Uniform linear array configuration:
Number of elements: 12
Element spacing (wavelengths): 0.25
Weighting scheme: hamming
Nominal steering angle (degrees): -15
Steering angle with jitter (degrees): -16.191
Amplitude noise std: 0.05
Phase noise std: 0.05

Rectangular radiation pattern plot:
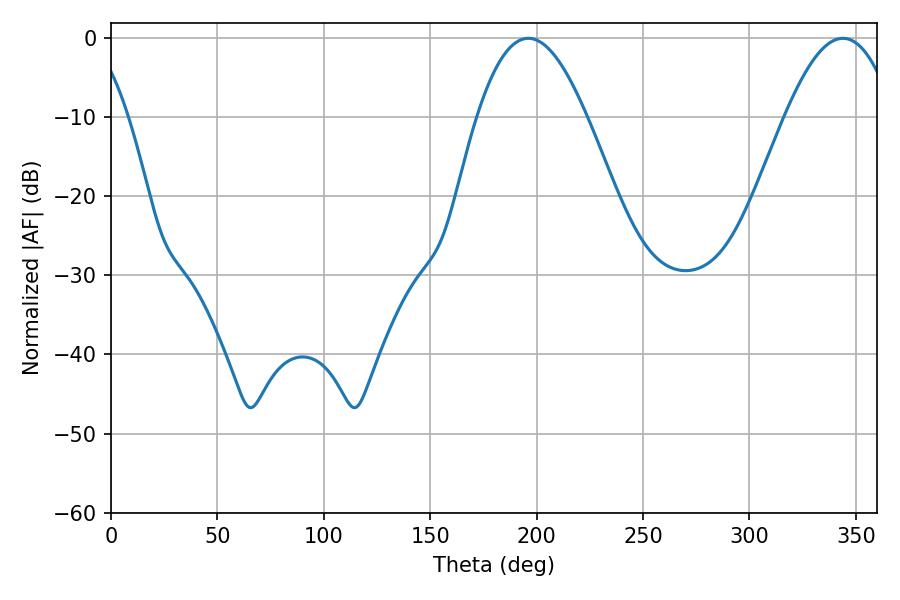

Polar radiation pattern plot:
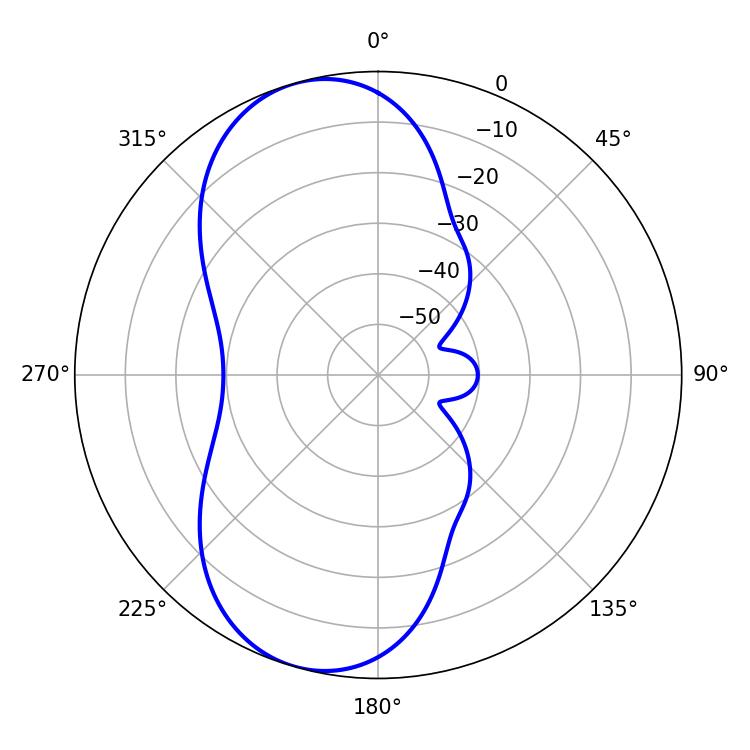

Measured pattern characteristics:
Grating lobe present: FALSE
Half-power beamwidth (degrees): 28.08
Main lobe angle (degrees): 196.02